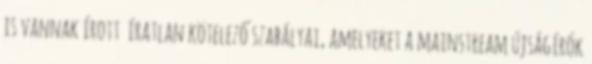
is vannak írott ­íratlan kötelező szabályai, amelyeket a mainstream újság­í­rók